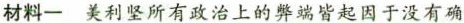
材料一 美利坚所有政治上的弊端皆起因于没有确